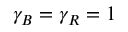
\gamma _ { B } = \gamma _ { R } = 1